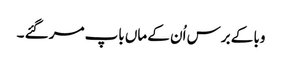
وبا کے برس اُن کے ماں باپ مر گئے ۔